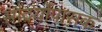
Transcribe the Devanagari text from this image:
सौंदर्योपासक